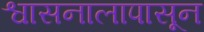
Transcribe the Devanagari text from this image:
श्वासनालापासून